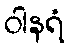
ဝါနရံ